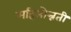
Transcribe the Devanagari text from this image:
महिलोन्नती